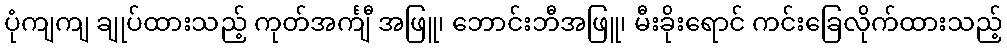
ပုံကျကျ ချုပ်ထားသည့် ကုတ်အင်္ကျီ အဖြူ၊ ဘောင်းဘီအဖြူ၊ မီးခိုးရောင် ကင်းခြေလိုက်ထားသည့်